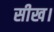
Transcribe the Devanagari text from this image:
सीख।